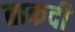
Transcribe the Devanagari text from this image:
ताकदी